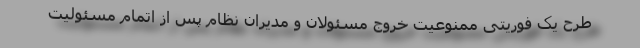
طرح یک فوریتی ممنوعیت خروج مسئولان و مدیران نظام پس از اتمام مسئولیت